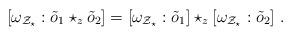
LaTeX: \begin{align*}[ \omega_{{\cal Z}_\star}: \tilde{o}_1 \star_z \tilde{o}_2] = [\omega_{{\cal Z}_\star}:\tilde{o}_1] \star_z [\omega_{{\cal Z}_\star}:\tilde{o}_2]~.\end{align*}